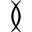
\between